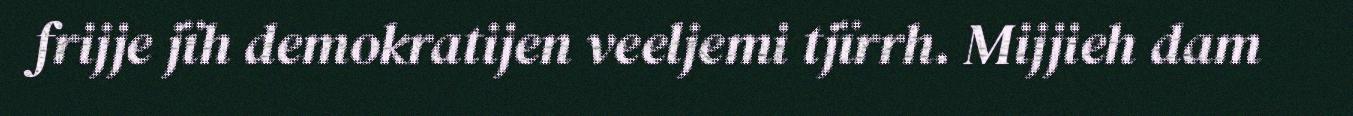
frijje jïh demokratijen veeljemi tjïrrh. Mijjieh dam